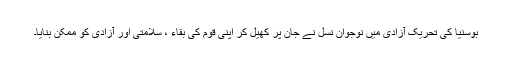
بوسنیا کی تحریک آزادی میں نوجوان نسل نے جان پر کھیل کر اپنی قوم کی بقاء ، سلامتی اور آزادی کو ممکن بنایا۔